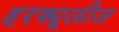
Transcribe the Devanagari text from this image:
हरक्यूलीज